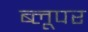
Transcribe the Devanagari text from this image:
ब्लूपर